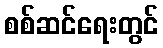
စစ်ဆင်ရေးတွင်